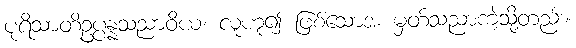
ပုရိသာတိဥပ္ပန္နသညာဝိယ၊ လူဟူ၍ ဖြစ်သောအ မှတ်သညာကဲ့သို့တည်း။